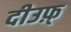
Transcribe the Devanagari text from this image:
दीउफ़्